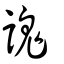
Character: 謉